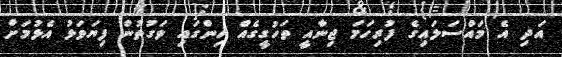
އަދި އެ މައްސަލައިގެ ފުރިހަމަ ޖިނާއީ ތަހުގީގެއް ހިންގައި ވަގުތުން ފިޔަވަޅު އެޅުމަށް